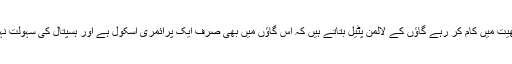
وہیں کھیت میں کام کر رہے گاؤں کے لالمن پٹیل بتاتے ہیں کہ اس گاؤں میں بھی صرف ایک پرائمری اسکول ہے اور ہسپتال کی سہولت نہیں ہے۔